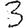
Digit: 3